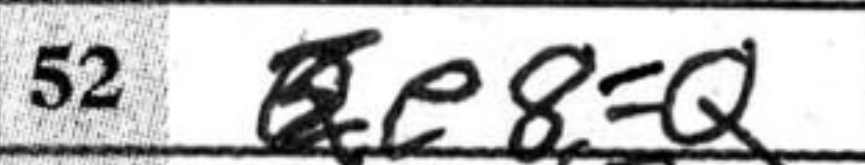
Transcription: e8=Q